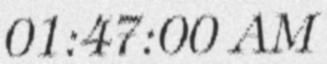
01:47:00 AM